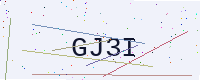
Text: GJ3I